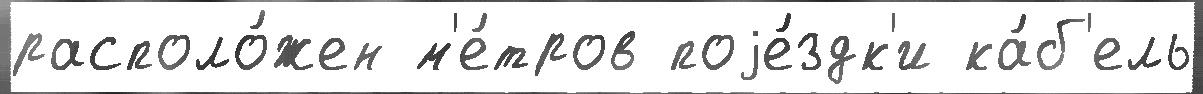
располо́жен м'е́тров поjе́здк'и ка́б'ель